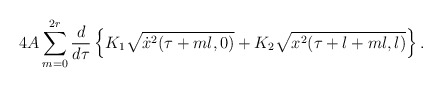
\begin{align*}4A \sum_{m=0}^{2r}\frac{d}{d \tau}\left\{K_1 \sqrt{\dot x^2(\tau+ml,0)}+K_2 \sqrt{x^2(\tau+l+ml,l)}\right\}.\end{align*}